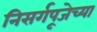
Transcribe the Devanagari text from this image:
निसर्गपूजेच्या